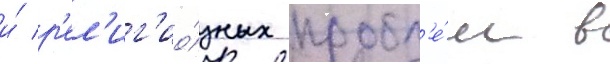
и́ р'ел'иг'ио́зных пробл'е́м в